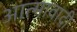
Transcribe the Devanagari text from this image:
आत्मावादी